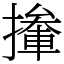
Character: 撪